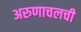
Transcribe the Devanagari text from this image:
अरुणाचलची